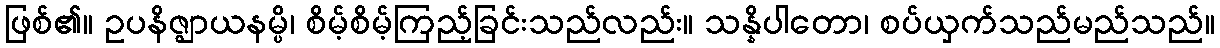
ဖြစ်၏။ ဥပနိဇ္ဈာယနမ္ပိ၊ စိမ့်စိမ့်ကြည့်ခြင်းသည်လည်း။ သန္နိပါတော၊ စပ်ယှက်သည်မည်သည်။